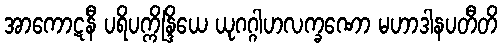
အာကောဋနီ ပရိပက္ကိန္ဒြိယေ ယုဂဂ္ဂါဟလက္ခဏော မဟာဒါနပတီတိ